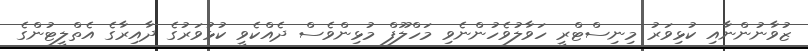
ޒުވާނުންނާއި ކުޅިވަރު މިނިސްޓްރީ ހަވާލުވެހުންނެވި މަހްލޫފް މުޅިންވެސް ދެއްކެވީ ކުޅުވަރުގެ ދާއިރާގެ އެތްލީޓުންގެ